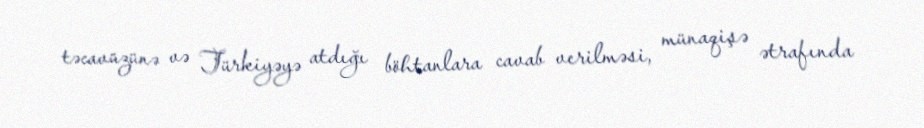
təcavüzünə və Türkiyəyə atdığı böhtanlara cavab verilməsi, münaqişə ətrafında